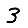
Digit: 3